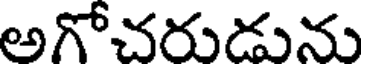
అగోచరుడును